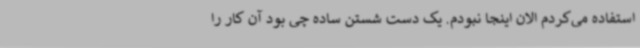
استفاده می‌کردم الان اینجا نبودم. یک دست شستن ساده چی بود آن کار را